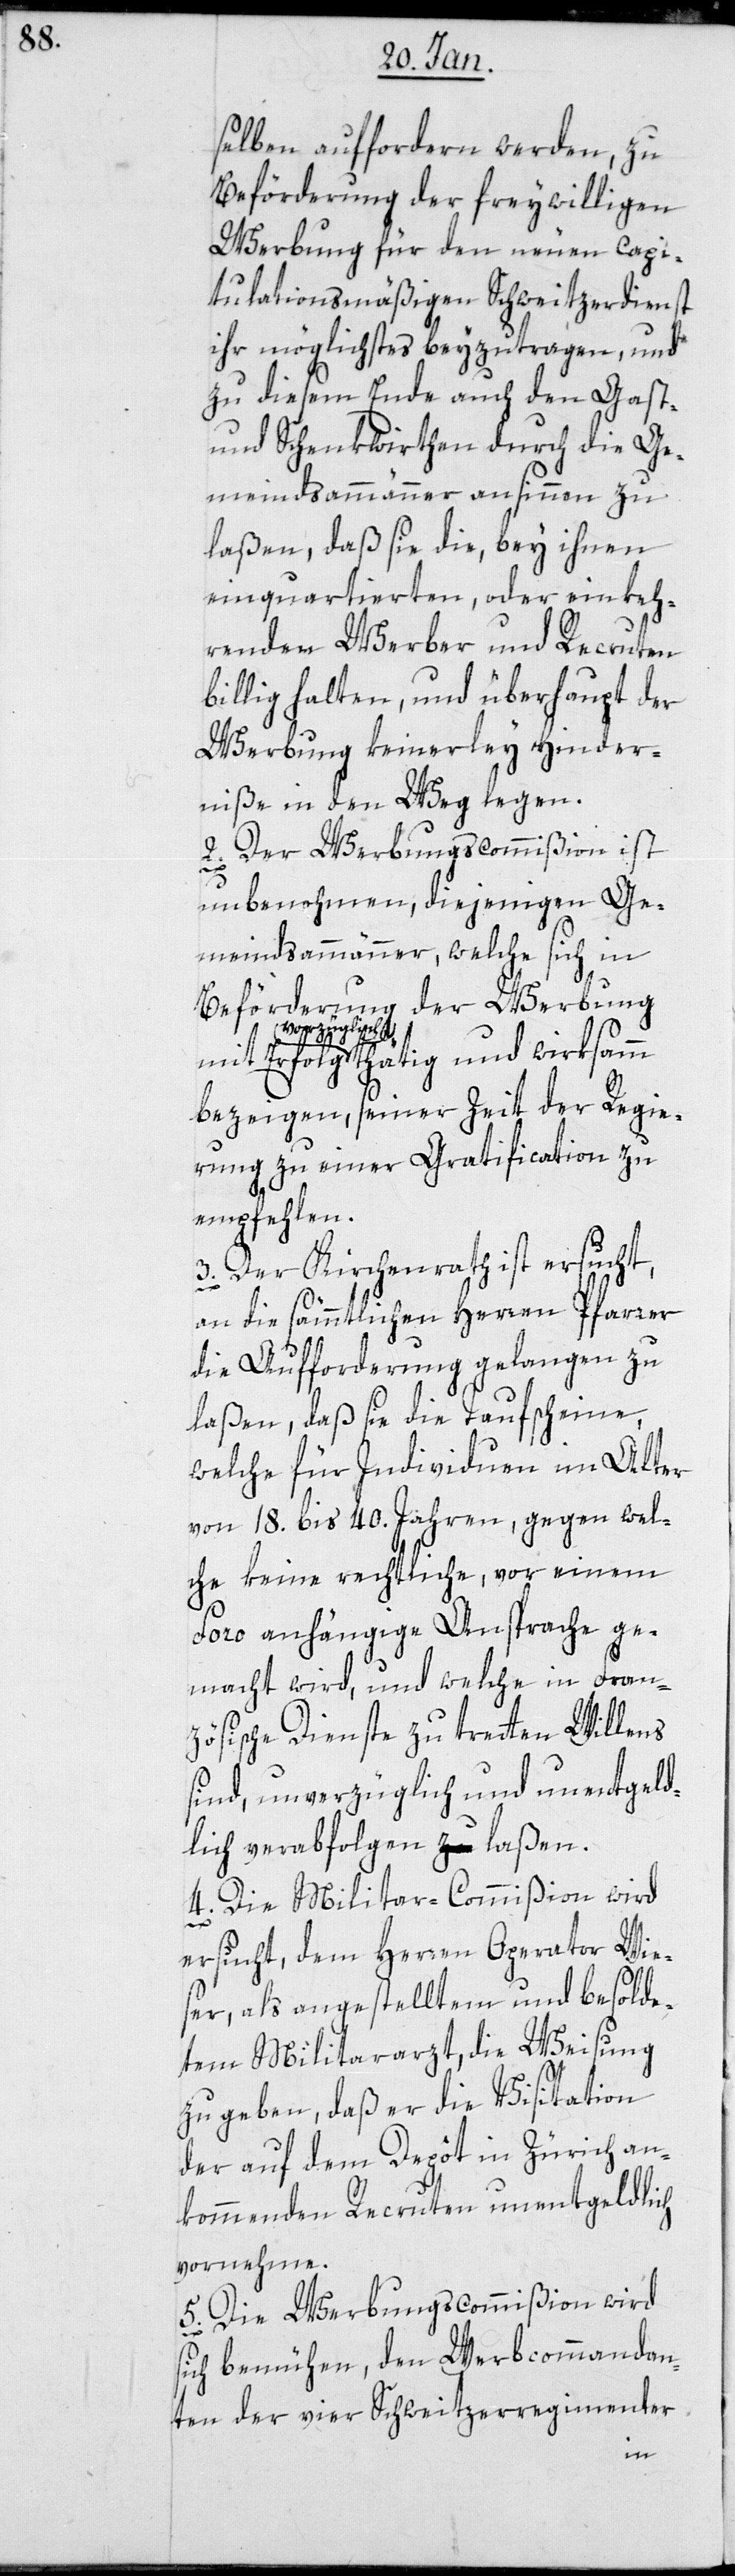
selben auffordern werden, zu
Beförderung der freywilligen
Werbung für den neuen capi¬
tulationsmäßigen Schweitzerdienst
ihr Möglichstes beyzutragen, und
zu diesem Ende auch den Gast-
und Schenkwirthen durch die Ge¬
meindsammänner ansinnen zu
laßen, daß sie die, bey ihnen
einquartierten, oder einkeh¬
renden Werber und Recruten
billig halten, und überhaupt der
Werbung keinerley Hinder¬
niße in den Weg legen.
2. Der Werbungscommißion ist
unbenohmen, diejenigen Ge¬
meindsammänner, welche sich in
Beförderung der Werbung
vorzüglich thätig
bezeigen, seiner Zeit der Regie¬
rung zu einer Gratification zu
empfehlen.
3. Der Kirchenrath ist ersucht,
an die sämmtlichen Herren Pfarrer
die Aufforderung gelangen zu
laßen, daß sie die Taufscheine,
welche für Individuen im Alter
von 18. bis 40. Jahren, gegen wel¬
che keine rechtliche, vor einem
Foro anhängige Ansprache ge¬
macht wird, und welche in Fran¬
zösische Dienste zu treten Willens
sind, unverzüglich und unentgeld¬
lich verabfolgen a-zu-a laßen.
4. Die Militar-Commißion wird
ersucht, dem Herren Operator Wie¬
ser, als angestellten und besolde¬
tem Militararzt, die Weisung
zu geben, daß er die Visitation
der auf dem Depôt in Zürich an¬
kommenden Recruten unentgeldlich
vornehme.
5. Die Werbungscommißion wird
sich bemühen, den Werbcommandan¬
ten der vier Schweitzerregimenter
und